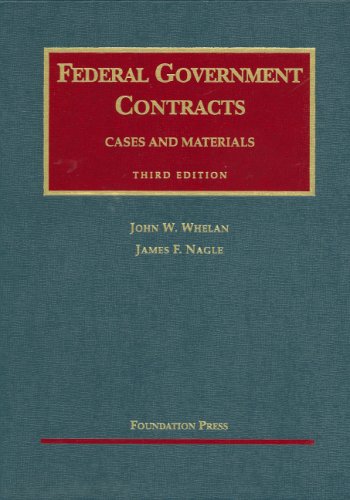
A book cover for Federal Government Contracts (University Casebook Series); John Whelan; Law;